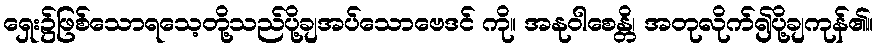
ရှေး၌ဖြစ်သောရသေ့တို့သည်ပို့ချအပ်သောဗေဒင် ကို။ အနုဝါစေန္တိ၊ အတုလိုက်၍ပို့ချကုန်၏။